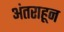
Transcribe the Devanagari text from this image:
अंतराहून